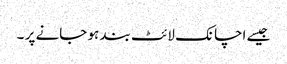
جیسے اچانک لائٹ بند ہو جانے پر ۔